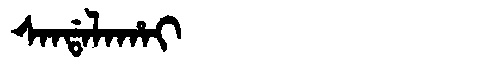
Manchu: ᠰᠠᠨᡩᠠᠯᠠᡥᠠᡳ
Romanization: SANDALAHAI